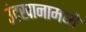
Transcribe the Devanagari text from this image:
उंटखानामध्ये